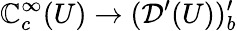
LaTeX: \mathbb{C}_{c}^{\infty}(U)\to({\mathcal{{D}}}^{\prime}(U))_{b}^{\prime}